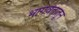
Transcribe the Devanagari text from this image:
भागवतातून